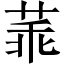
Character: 䓙